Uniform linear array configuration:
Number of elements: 64
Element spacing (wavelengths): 0.75
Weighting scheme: binomial
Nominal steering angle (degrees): -45
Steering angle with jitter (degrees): -43.242
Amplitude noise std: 0.05
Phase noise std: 0.05

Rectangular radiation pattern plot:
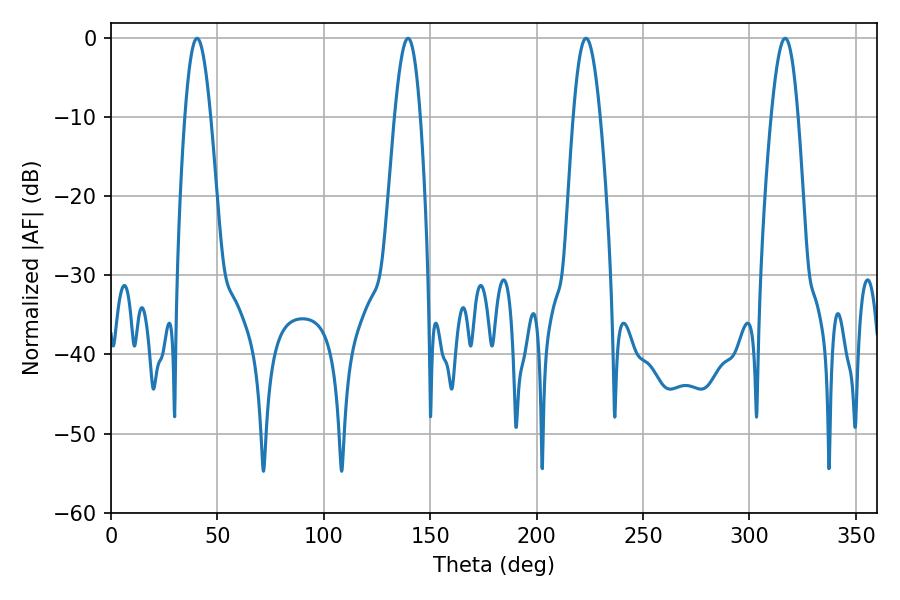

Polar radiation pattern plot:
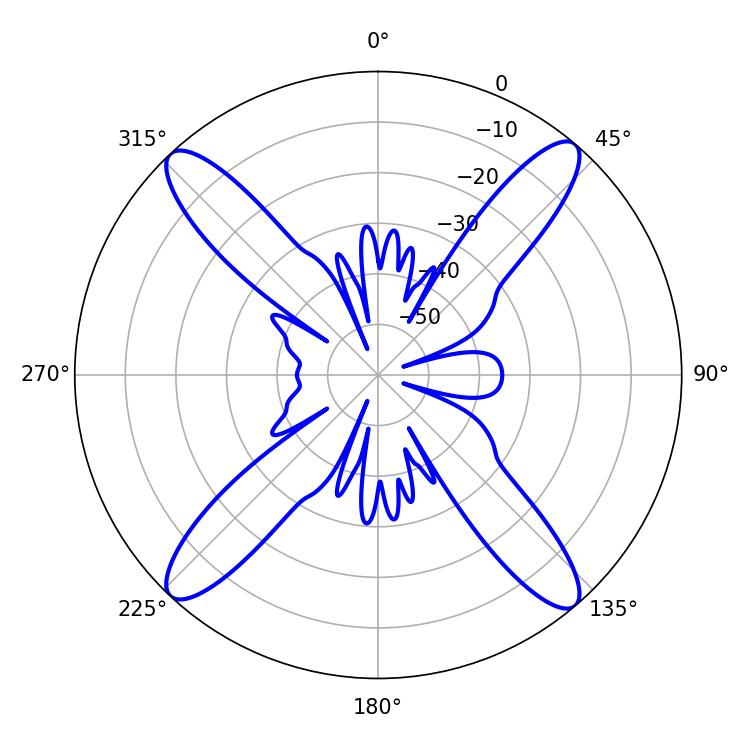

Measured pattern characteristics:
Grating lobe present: TRUE
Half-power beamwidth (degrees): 6.84
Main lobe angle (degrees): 223.2